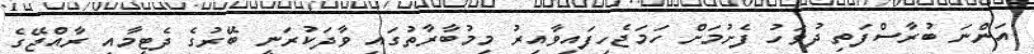
އަންނަ ބުރާސްފަތި ދުވަހު ފެށުމަށް ހަމަޖެހިފައިވާއިރު މިމުބާރާތުގައި ވާދަކުރަނީ ބޭރުގެ ދެޓީމާއި ރާއްޖޭގެ